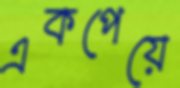
একপেয়ে